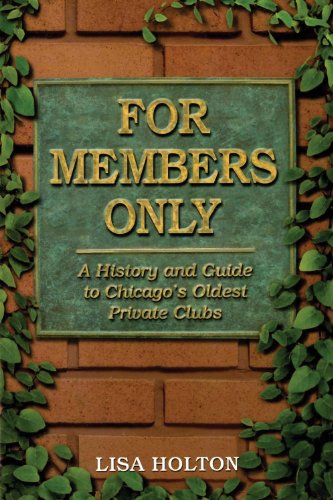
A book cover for For Members Only: A History And Guide to Chicago's Oldest Private Clubs; Lisa Holton; Travel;